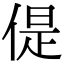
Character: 偍